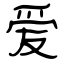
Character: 爱